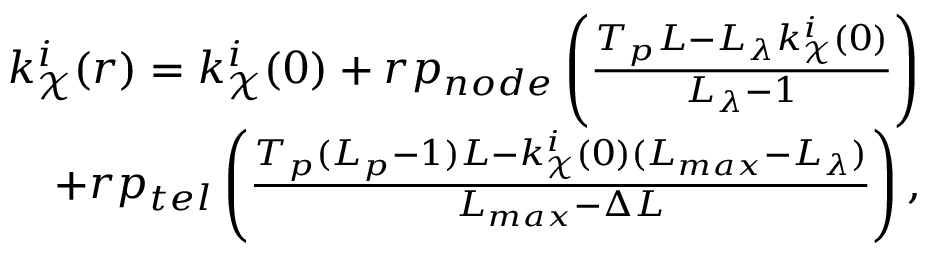
\begin{array} { r } { k _ { \mathcal { X } } ^ { i } ( r ) = k _ { \mathcal { X } } ^ { i } ( 0 ) + r p _ { n o d e } \left( \frac { T _ { p } L - L _ { \lambda } k _ { \mathcal { X } } ^ { i } ( 0 ) } { L _ { \lambda } - 1 } \right) } \\ { + r p _ { t e l } \left( \frac { T _ { p } ( L _ { p } - 1 ) L - k _ { \mathcal { X } } ^ { i } ( 0 ) ( L _ { m a x } - L _ { \lambda } ) } { L _ { m a x } - \Delta L } \right) , } \end{array}